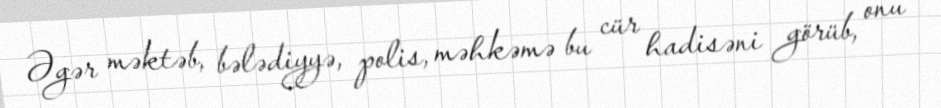
Əgər məktəb, bələdiyyə, polis, məhkəmə bu cür hadisəni görüb, onu